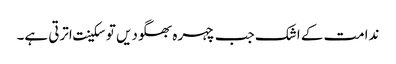
ندامت کے اشک جب چہرہ بھگودیں توسکینت اترتی ہے۔